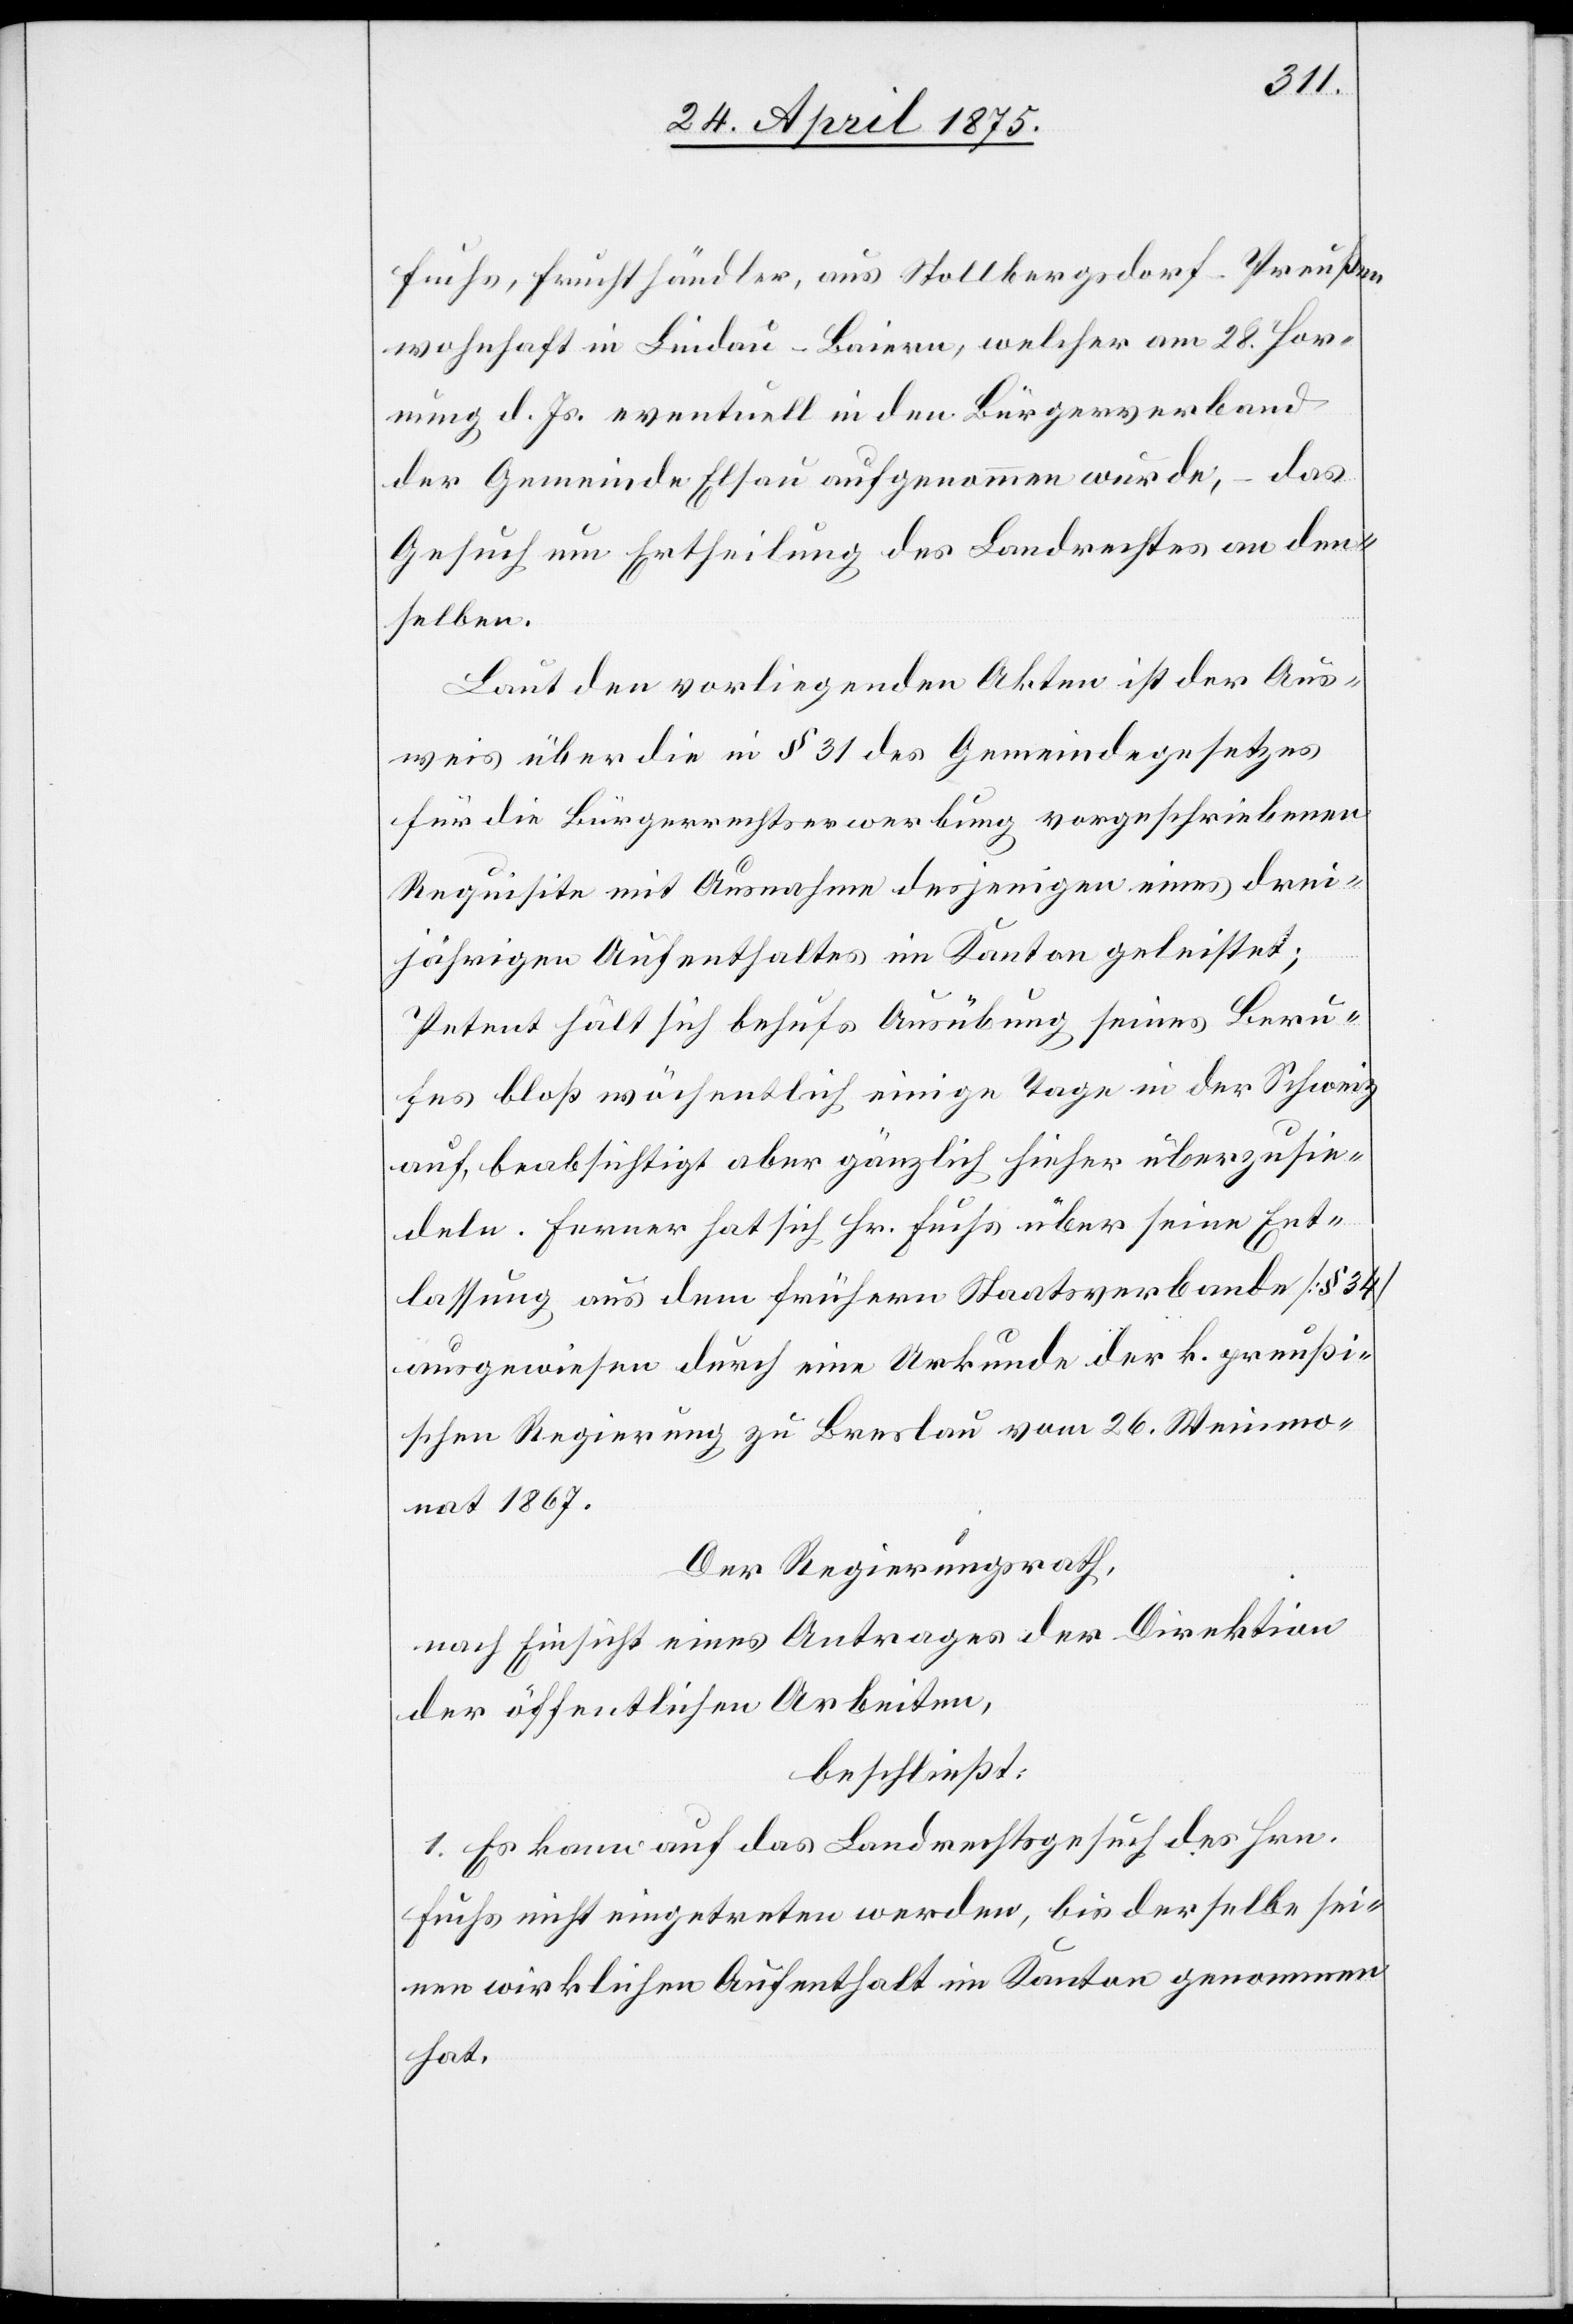
Fuchs, Fruchthändler, aus Stollbergsdorf – Preußen
wohnhaft in Lindau – Baiern, welcher am 28. Hor¬
nung d. Js. eventuell in den Bürgerverband
der Gemeinde Elsau aufgenommen wurde, – das
Gesuch um Ertheilung des Landrechtes an den¬
selben.
Laut den vorliegenden Akten ist der Aus¬
weis über die in § 31 des Gemeindegesetzes
für die Bürgerrechtserwerbung vorgeschriebenen
Requsite mit Ausnahme desjenigen eines drei¬
jährigen Aufenthaltes im Kanton geleistet;
Petent hält sich behufs Ausübung seines Beru¬
fes bloß wöchentlich einige Tage in der Schweiz
auf, beabsichtigt aber gänzlich hieher überzusie¬
deln. Ferner hat sich Hr. Fuchs über seine Ent¬
lassung aus dem frühern Staatsverbunde [§ 34]
ausgewiesen durch eine Urkunde der k. preußi¬
schen Regierung zu Breslau vom 26. Weinmo¬
nat 1867.
Der Regierungsrath,
nach Einsicht eines Antrages der Direktion
der öffentlichen Arbeiten,
beschließt:
1. Es kann auf das Landrechtsgesuch des Hrn.
Fuchs nicht eingetreten werden, bis derselbe sei¬
nen wirklichen Aufenthalt im Kanton genommen
hat.